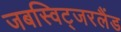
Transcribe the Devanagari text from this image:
जबस्विट्जरलैंड